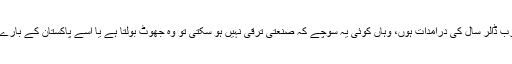
جس ملک میں ساٹھ ارب ڈالر سال کی درآمدات ہوں، وہاں کوئی یہ سوچے کہ صنعتی ترقی نہیں ہو سکتی تو وہ جھوٹ بولتا ہے یا اسے پاکستان کے بارے میں کچھ پتا ہی نہیں۔